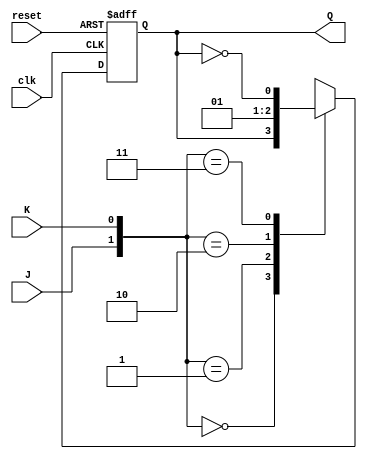
module JK_flipflop (
    input wire clk,
    input wire reset,
    input wire J,
    input wire K,
    output reg Q
);

// Positive edge-triggered JK flip-flop
always @(posedge clk or posedge reset) begin
    if (reset) begin
        Q <= 1'b0; // Reset the flip-flop to 0
    end else begin
        case ({J, K})
            2'b00: Q <= Q; // No change
            2'b01: Q <= 1'b0; // Reset
            2'b10: Q <= 1'b1; // Set
            2'b11: Q <= ~Q; // Toggle
        endcase
    end
end

endmodule